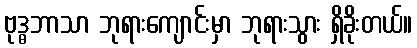
ဗုဒ္ဓဘာသာ ဘုရားကျောင်းမှာ ဘုရားသွား ရှိခိုးတယ်။